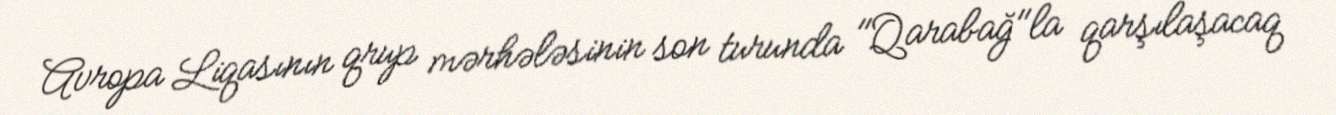
Avropa Liqasının qrup mərhələsinin son turunda "Qarabağ"la qarşılaşacaq